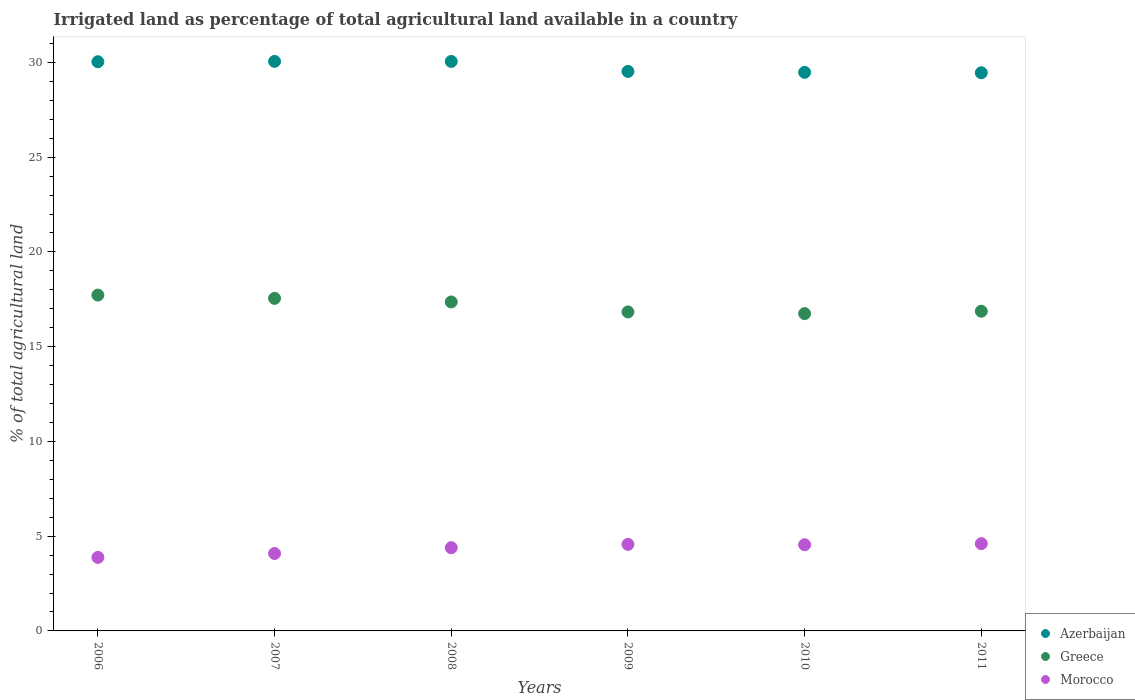
| Years | Azerbaijan | Greece | Morocco |
 | --- | --- | --- | --- |
 | 2006 | 30 | 17.7 | 3.88 |
 | 2007 | 30.1 | 17.5 | 4.09 |
 | 2008 | 30.1 | 17.4 | 4.39 |
 | 2009 | 29.5 | 16.8 | 4.57 |
 | 2010 | 29.5 | 16.7 | 4.55 |
 | 2011 | 29.5 | 16.9 | 4.61 |